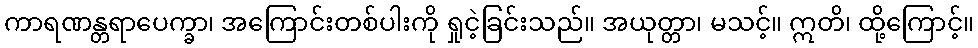
ကာရဏန္တရာပေက္ခာ၊ အကြောင်းတစ်ပါးကို ရှုငဲ့ခြင်းသည်။ အယုတ္တာ၊ မသင့်။ ဣတိ၊ ထို့ကြောင့်။